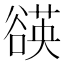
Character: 𧯀